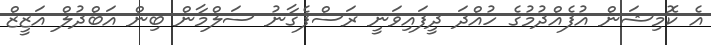
އެ ކޮމިޝަން އުފެއްދުމުގެ ހުއްދަ ދީފައިވަނީ ރަސްފެގާނު ސަލްމާން ބިން އަބްދުލް އަޒީޒް